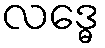
လဒ္ဓေ